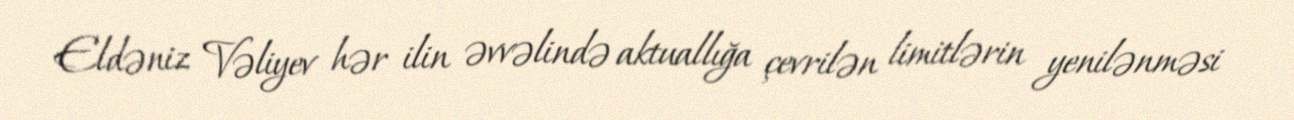
Eldəniz Vəliyev hər ilin əvvəlində aktuallığa çevrilən limitlərin yenilənməsi